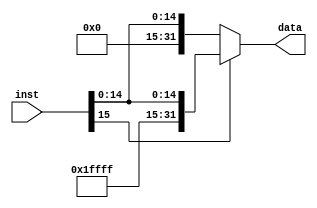
module signext(
    input [15:0] inst,
    output [31:0] data
    );
	assign data = inst[15:15] ? {16'hffff, inst} : {16'h0000, inst};
endmodule